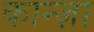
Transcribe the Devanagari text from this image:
कान्ज़ा